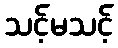
သင့်မသင့်